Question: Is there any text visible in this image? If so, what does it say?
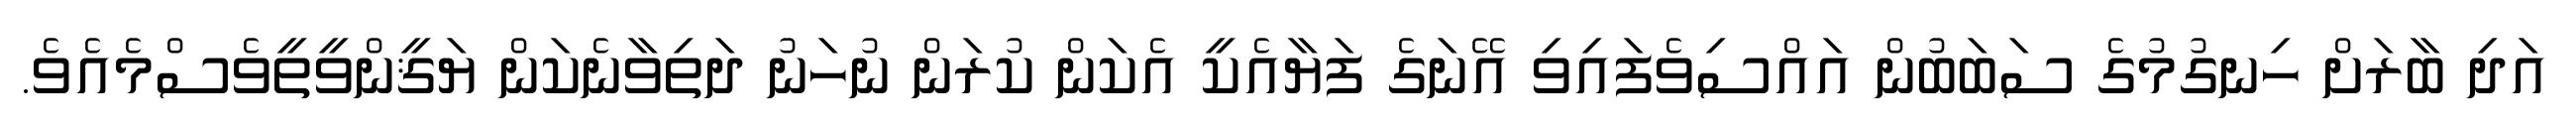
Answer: އަދި ބާރަށް ހިނގުމުގެ ސަބަބުން އައްސިވެފައިވި އޭނަގެ ފަޔާއެކީ އެކަން ކުރަން ނުހަނު ދަތިވާނެކަން ޔަޤީންވީތީވެސްމެއެވެ.